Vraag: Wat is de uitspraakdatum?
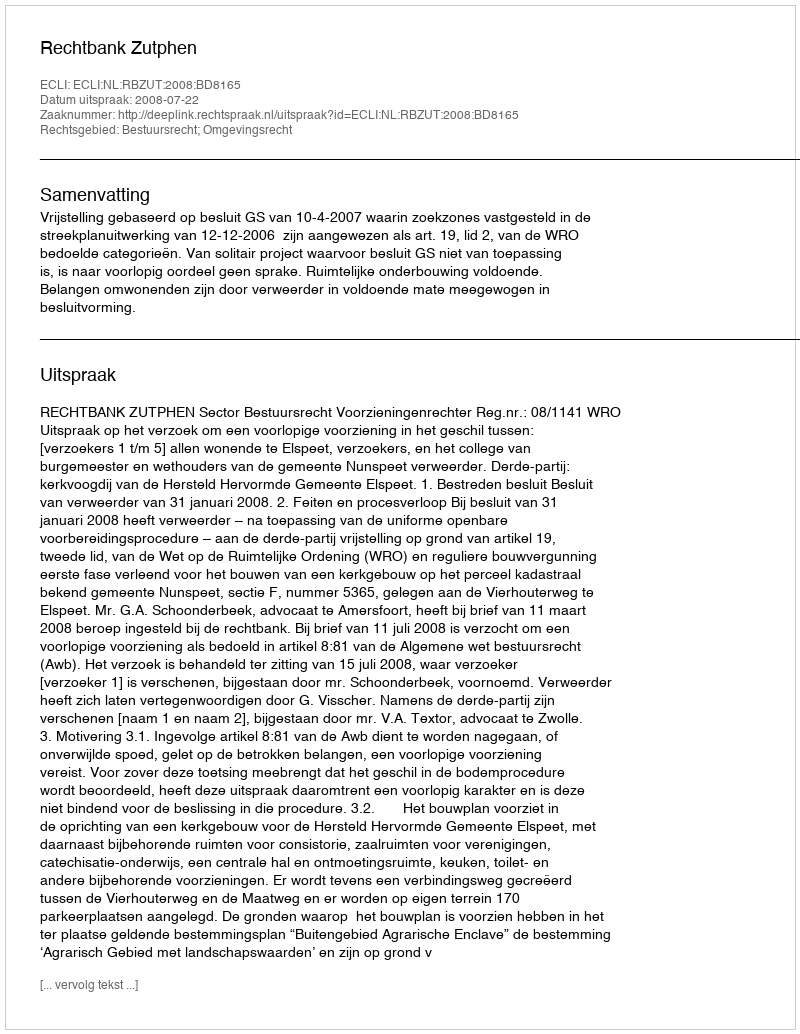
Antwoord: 2008-07-22